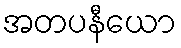
အတပနီယော